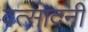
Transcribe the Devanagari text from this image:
वत्सादनी